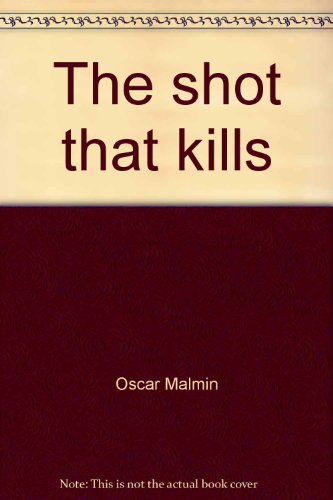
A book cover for The "shot" that kills: (deaths in the dental chair) (An Exposition-banner book); Oscar Malmin; Medical Books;